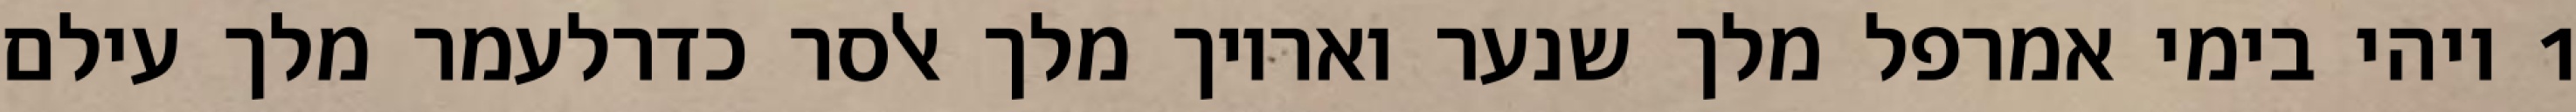
1 ויהי בימי אמרפל מלך שנער ואריוך מלך אלסר כדרלעמר מלך עילם